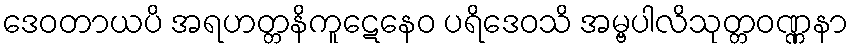
ဒေဝတာယပိ အရဟတ္တနိကူဋေနေဝ ပရိဒေဝသိ အမ္ဗပါလိသုတ္တဝဏ္ဏနာ